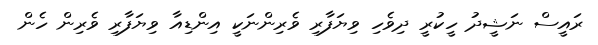
ރައީސް ނަޝީދު ހީކުރީ ދިވެހި ވިޔަފާރި ވެރިންނަކީ އިންޑިއާ ވިޔަފާރި ވެރިން ހެން